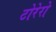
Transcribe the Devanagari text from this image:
टोरेरो